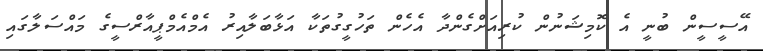
އޭސީސީން ބުނީ އެ ކޮމިޝަނުން ކުރިއަށްގެންދާ އެހެން ތަހުގީގުތަކާ އަޅާބަލާއިރު އެމްއެމްޕީއާރްސީގެ މައްސަލާގައި